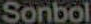
Sonbol